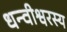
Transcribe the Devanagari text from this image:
धन्वीश्वरस्य